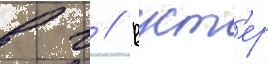
в г // Вуст'ер